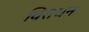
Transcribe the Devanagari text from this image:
विराधन